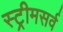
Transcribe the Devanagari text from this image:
स्ट्रीमसर्व